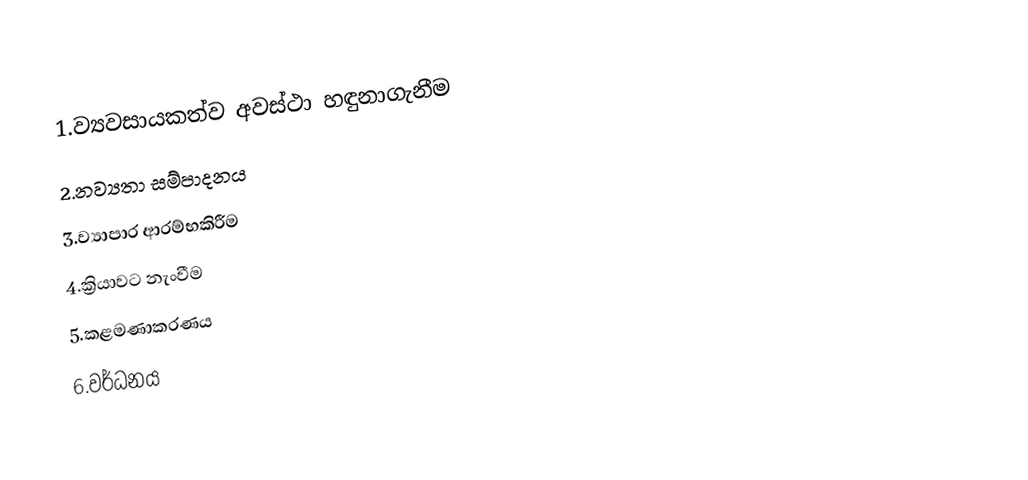
1.ව්‍යවසායකත්ව අවස්ථා හඳුනාගැනීම
2.නව්‍යතා සම්පාදනය
3.ව්‍යාපාර ආරම්භකිරීම
4.ක්‍රියාවට නැංවීම
5.කළමණාකරණය
6.වර්ධනය